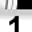
Digit: 1